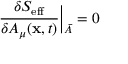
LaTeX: { \frac { \delta S _ { \mathrm { e f f } } } { \delta { \cal A } _ { \mu } ( { { \bf x } , t } ) } } \Bigr | _ { \bar { \cal A } } = 0